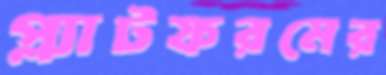
প্ল্যাটফরমের